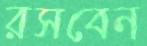
রসবেন